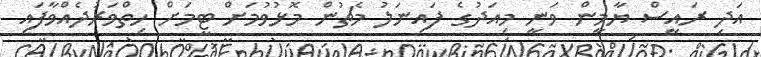
އަދި ރައީސް ޔާމީން ވަނީ މިއަދުގެ ފައިނަލު މެޗުން މޮޅުވުމަށް ޓީމަށް ހިތްވަރުދެއްވާފައި